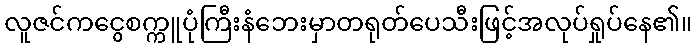
လူဇင်ကငွေစက္ကူပုံကြီးနံဘေးမှာတရုတ်ပေသီးဖြင့်အလုပ်ရှုပ်နေ၏။